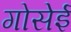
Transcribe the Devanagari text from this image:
गोसेई